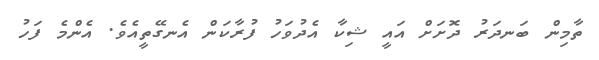
ތާމިން ބަނދަރު ދޮށަށް އައީ ޝިކާ އެދުވަހު ފުރާކަން އެނގޭތީއެވެ. އެންމެ ފަހު